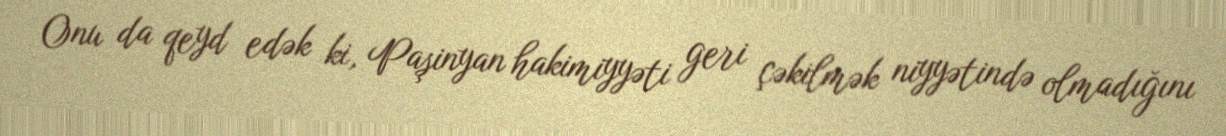
Onu da qeyd edək ki, Paşinyan hakimiyyəti geri çəkilmək niyyətində olmadığını